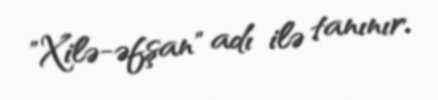
"Xilə-əfşan" adı ilə tanınır.